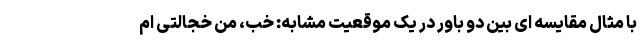
با مثال مقایسه ای بین دو باور در یک موقعیت مشابه: خب، من خجالتی ام